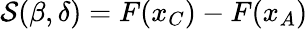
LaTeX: \begin{array}{r}{\mathcal{S}(\beta,\delta)=F({x_{C}})-F({x_{A}})}\end{array}